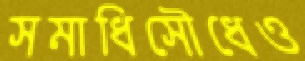
সমাধিসৌধেও